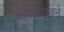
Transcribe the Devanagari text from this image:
ऑक्साइडने